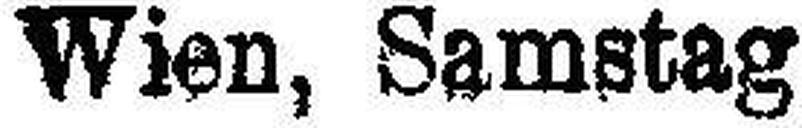
Wien, Samstag